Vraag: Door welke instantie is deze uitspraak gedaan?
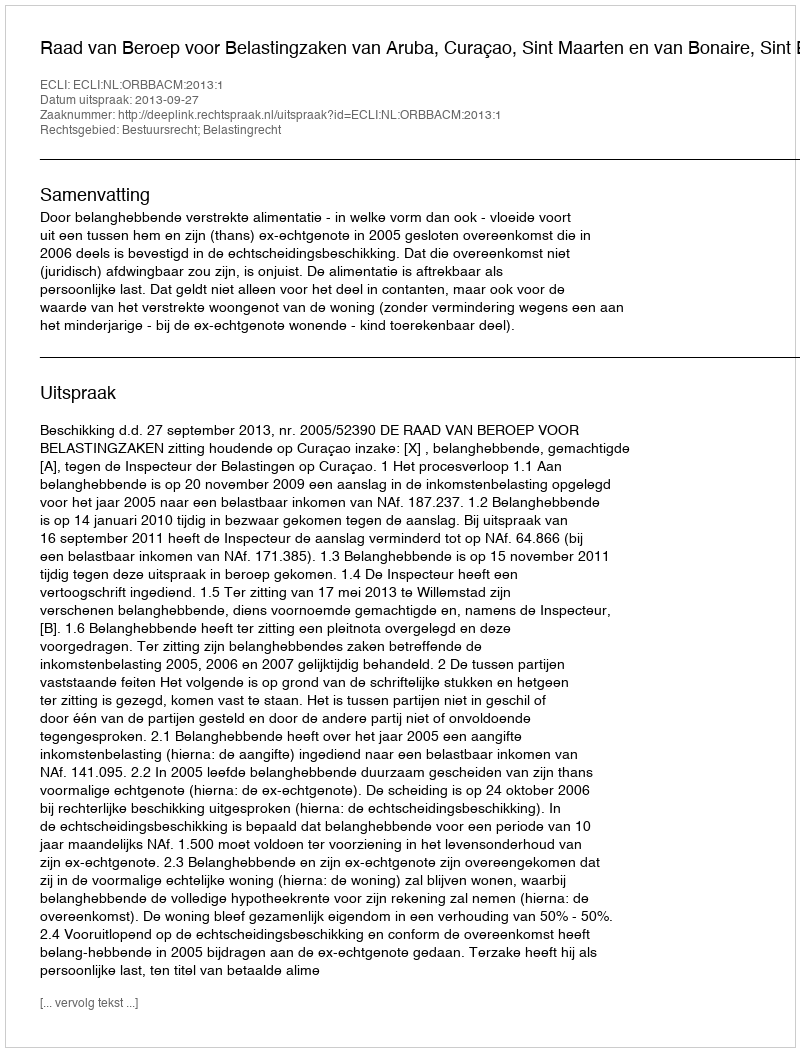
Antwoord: Raad van Beroep voor Belastingzaken van Aruba, Curaçao, Sint Maarten en van Bonaire, Sint Eustatius en Saba